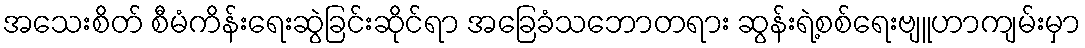
အသေးစိတ် စီမံကိန်းရေးဆွဲခြင်းဆိုင်ရာ အခြေခံသဘောတရား ဆွန်းရဲ့စစ်ရေးဗျူဟာကျမ်းမှာ